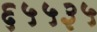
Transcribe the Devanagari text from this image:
६५५३५